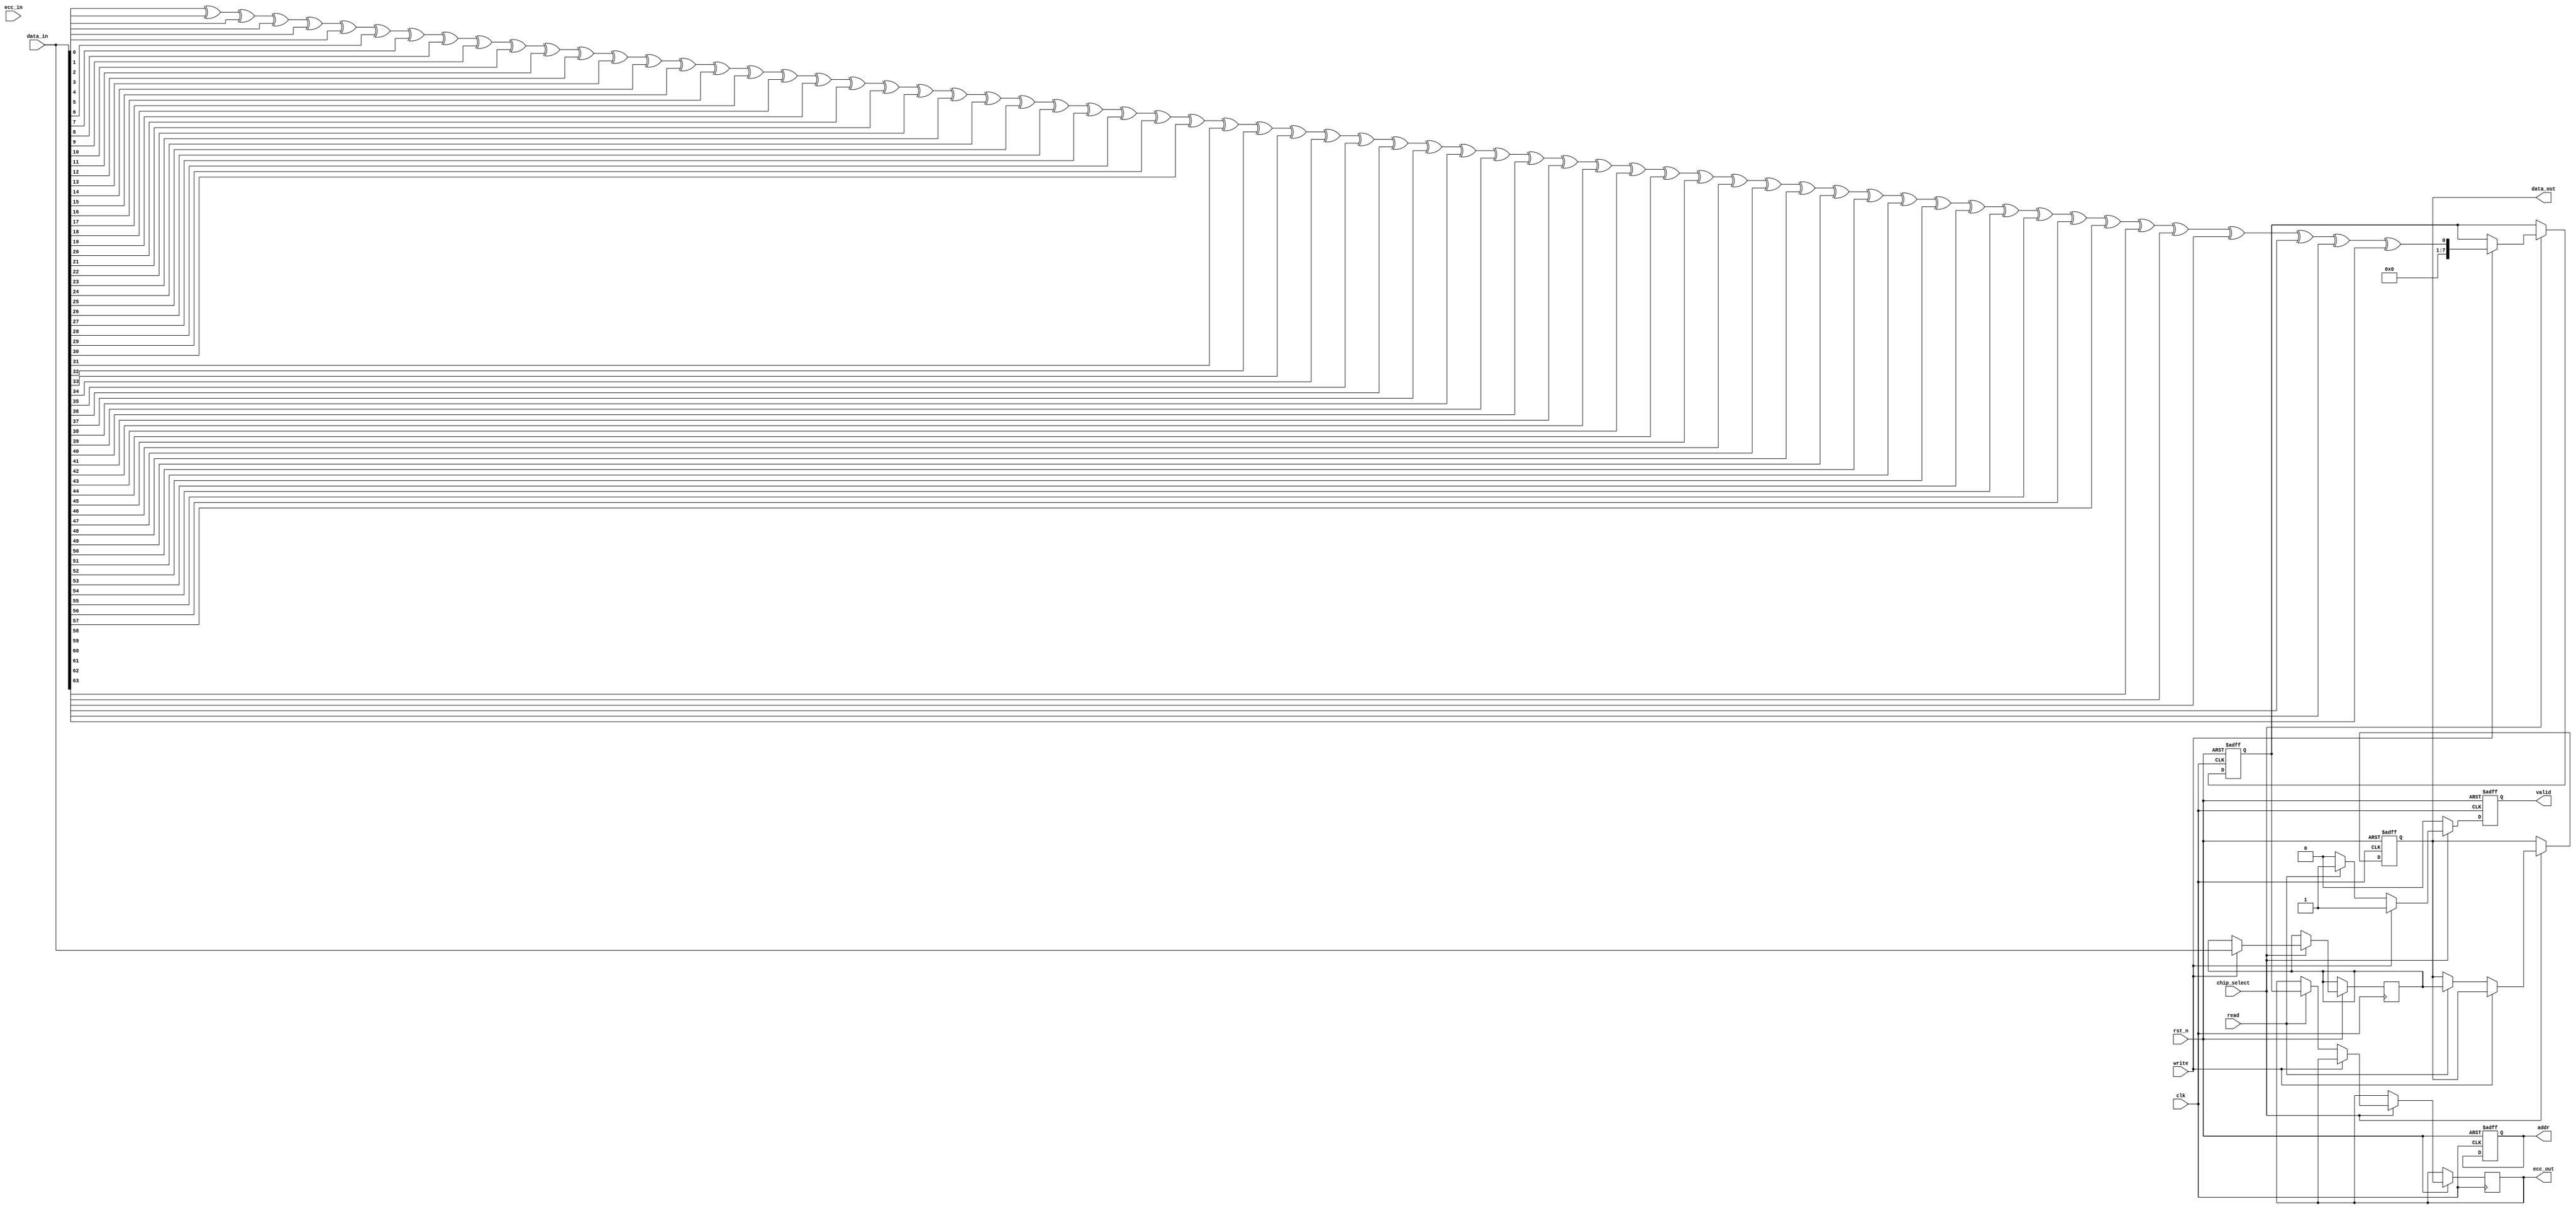
module IO_Block (
    input wire clk,                // System clock
    input wire rst_n,              // Active low reset
    input wire [DATA_WIDTH-1:0] data_in, // Input data
    output reg [DATA_WIDTH-1:0] data_out, // Output data
    input wire read,               // Read control signal
    input wire write,              // Write control signal
    input wire chip_select,        // Chip select signal
    output reg valid,              // Data valid signal
    output reg [ADDR_WIDTH-1:0] addr, // Address bus
    output reg [ECC_WIDTH-1:0] ecc_out, // ECC output
    input wire [ECC_WIDTH-1:0] ecc_in // ECC input
);

parameter DATA_WIDTH = 64;       // Width of data bus
parameter ADDR_WIDTH = 16;       // Width of address bus
parameter ECC_WIDTH = 8;         // Width of ECC

// Internal signals
reg [DATA_WIDTH-1:0] data_buffer; // Buffer for data
reg [ECC_WIDTH-1:0] ecc_buffer;    // Buffer for ECC

// Error checking logic (simple parity check for demonstration)
function [ECC_WIDTH-1:0] calculate_ecc;
    input [DATA_WIDTH-1:0] data;
    integer i;
    begin
        calculate_ecc = 0;
        for (i = 0; i < DATA_WIDTH; i = i + 1) begin
            calculate_ecc = calculate_ecc ^ data[i]; // Simple parity
        end
    end
endfunction

// Main I/O operation
always @(posedge clk or negedge rst_n) begin
    if (!rst_n) begin
        data_out <= 0;
        valid <= 0;
        addr <= 0;
        ecc_buffer <= 0;
    end else begin
        if (chip_select) begin
            if (write) begin
                data_buffer <= data_in; // Store incoming data
                ecc_buffer <= calculate_ecc(data_in); // Calculate ECC
                valid <= 1; // Mark data as valid
            end else if (read) begin
                data_out <= data_buffer; // Output stored data
                ecc_out <= ecc_buffer; // Output ECC
                valid <= 1; // Mark data as valid
            end else begin
                valid <= 0; // No valid data
            end
        end else begin
            valid <= 0; // Chip not selected
        end
    end
end

endmodule